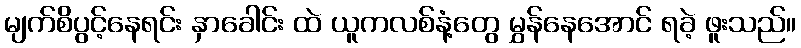
မျက်စိပွင့်နေရင်း နှာခေါင်း ထဲ ယူကလစ်နံ့တွေ မွှန်နေအောင် ရခဲ့ ဖူးသည်။